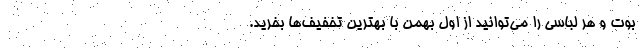
بوت و هر لباسی را می‌توانید از اول بهمن با بهترین تخفیف‌ها بخرید.